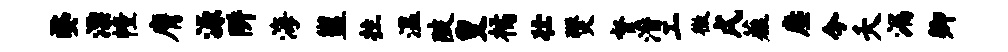
婺漂幢膺源阱海盥拄温陂叟橘壮燹督潜工徵戌薤麈今夭漏卿